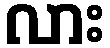
လား